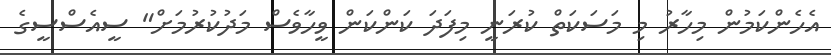
އެހެންކަމުން މިހާރު މި މަސަކަތް ކުރަނީ މިފަދަ ކަންކަން ވީހާވެސް މަދުކުރުމަށް" ސީއެސްސީގެ